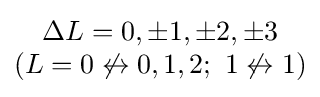
{\begin{matrix}\Delta L=0,\pm 1,\pm 2,\pm 3\\(L=0\not \leftrightarrow 0,1,2;\ 1\not \leftrightarrow 1)\end{matrix}}